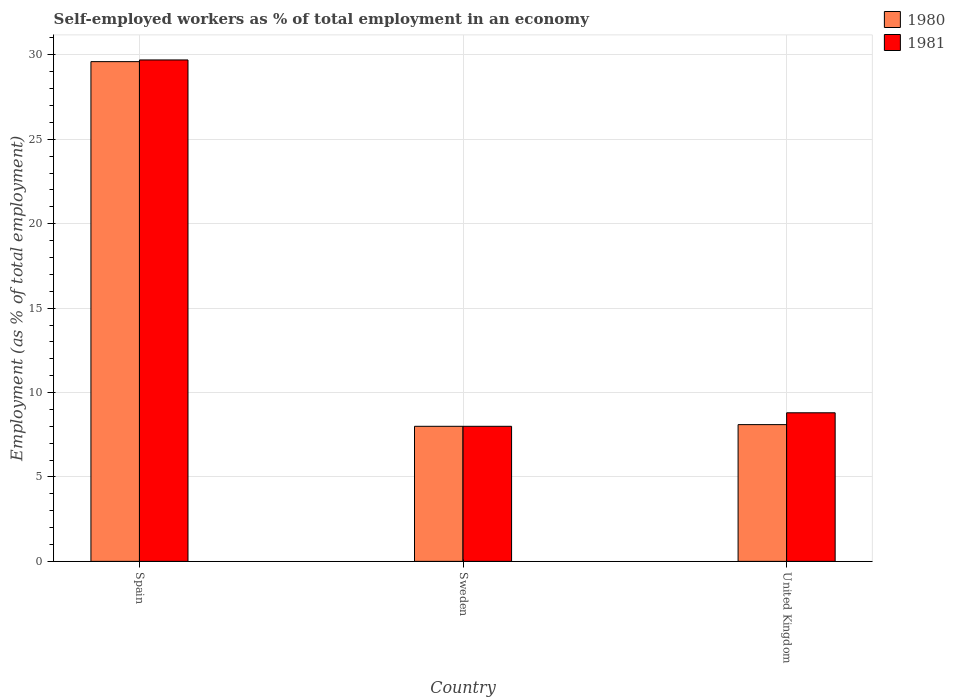
| Country | 1980 | 1981 |
 | --- | --- | --- |
 | Spain | 29.6 | 29.7 |
 | Sweden | 8 | 8 |
 | United Kingdom | 8.1 | 8.8 |